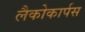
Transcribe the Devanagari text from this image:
लैकोकार्पस